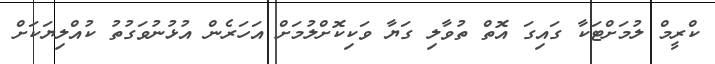
ކްރީމް ލުމަށްޓަކާ ގައިގަ އޮތް ތުވާލި ގަޔާ ވަކިކޮށްލުމަށް އަހަރެން އުޅުނުވަގުތު ކުއްލިޔަކަށް